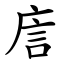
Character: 㢇